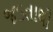
જડતાથી